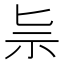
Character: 𥘈